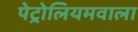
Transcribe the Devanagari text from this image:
पेट्रोलियमवाला